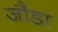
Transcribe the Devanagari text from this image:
जौडा